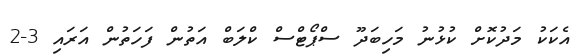
އެކަކު މަދުކޮށް ކުޅުނު މަހިބަދޫ ސްޕޯޓްސް ކްލަބް އަތުން ފަހަތުން އަރައި 3-2